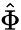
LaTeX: \hat{\Phi}